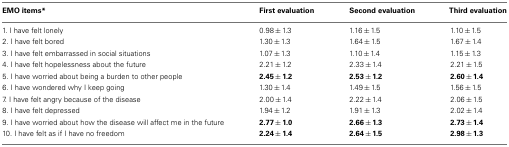
| EMO items* | First evaluation | Second evaluation | Third evaluation |
 | --- | --- | --- | --- |
 | 1. I have felt lonely | 0.98 ± 1.3 | 1.16 ± 1.5 | 1.10 ± 1.5 |
 | 2. I have felt bored | 1.30 ± 1.3 | 1.64 ± 1.5 | 1.67 ± 1.4 |
 | 3. I have felt embarrassed in social situations | 1.07 ± 1.3 | 1.10 ± 1.4 | 1.15 ± 1.3 |
 | 4. I have felt hopelessness about the future | 2.21 ± 1.2 | 2.33 ± 1.4 | 2.21 ± 1.5 |
 | 5. I have worried about being a burden to other people | 2.45 ± 1.2 | 2.53 ± 1.2 | 2.60 ± 1.4 |
 | 6. I have wondered why I keep going | 1.30 ± 1.4 | 1.49 ± 1.5 | 1.56 ± 1.5 |
 | 7. I have felt angry because of the disease | 2.00 ± 1.4 | 2.22 ± 1.4 | 2.06 ± 1.5 |
 | 8. I have felt depressed | 1.94 ± 1.2 | 1.91 ± 1.3 | 2.02 ± 1.4 |
 | 9. I have worried about how the disease will affect me in the future | 2.77 ± 1.0 | 2.66 ± 1.3 | 2.73 ± 1.4 |
 | 10. I have felt as if I have no freedom | 2.24 ± 1.4 | 2.64 ± 1.5 | 2.98 ± 1.3 |